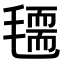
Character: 𣰃